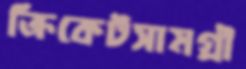
ক্রিকেটসামগ্রী